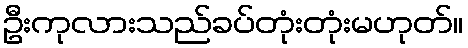
ဦးကုလားသည်ခပ်တုံးတုံးမဟုတ်။